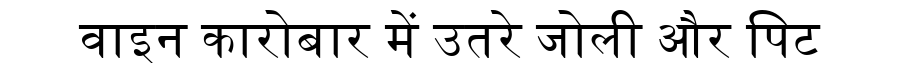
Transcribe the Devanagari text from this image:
वाइन कारोबार में उतरे जोली और पिट